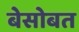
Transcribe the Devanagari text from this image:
बेसोबत